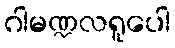
ဂါမဏ္ဍလရူပေါ